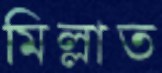
মিল্লাত